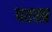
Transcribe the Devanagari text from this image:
परस्प्र